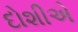
દોશીએ